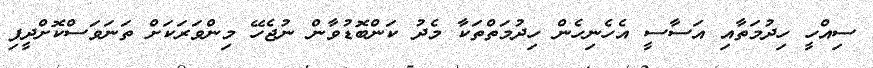
ސިއްހީ ހިދުމަތާއި އަސާސީ އެހެނިހެން ހިދުމަތްތަކާ މެދު ކަންބޮޑުވާން ނުޖެހޭ މިންވަރަކަށް ތަނަވަސްކޮށްދީފި